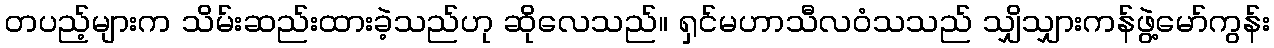
တပည့်များက သိမ်းဆည်းထားခဲ့သည်ဟု ဆိုလေသည်။ ရှင်မဟာသီလဝံသသည် သျှိသျှားကန်ဖွဲ့မော်ကွန်း